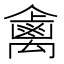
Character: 𱵺